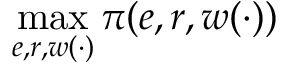
\operatorname* { m a x } _ { e , r , w ( \cdot ) } \pi ( e , r , w ( \cdot ) )